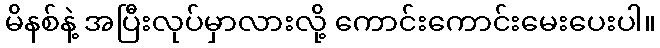
မိနစ်နဲ့ အပြီးလုပ်မှာလားလို့ ကောင်းကောင်းမေးပေးပါ။